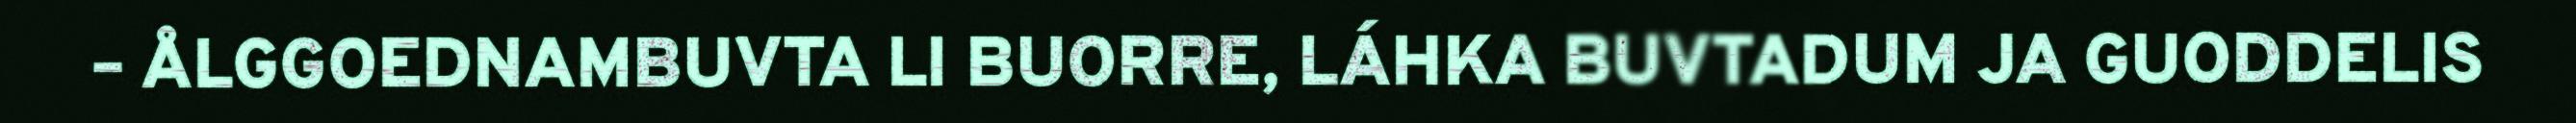
– ÅLGGOEDNAMBUVTA LI BUORRE, LÁHKA BUVTADUM JA GUODDELIS